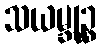
သယမ္ဘုဉ္စ